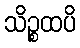
သိဉ္စထပိ